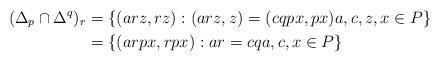
LaTeX: \begin{align*}(\Delta_p\cap \Delta^q)_r &=\{(arz,rz): (arz,z)=(cqpx,px) a,c,z,x\in P \} \\&= \{(arpx, rpx): ar = cq a,c, x\in P\}\end{align*}